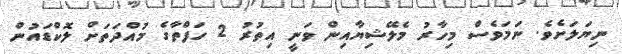
ނިޔަލަށެވެ. ނަމަވެސް މިހާރު މެލޭޝިޔާއިން ވަނީ އިތުރު 2 ހަފްތާގެ މުއްދަތަށް ލޮކްޑައުން